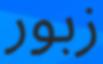
زبور